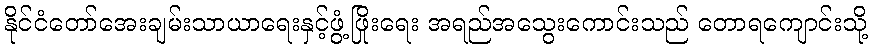
နိုင်ငံတော်အေးချမ်းသာယာရေးနှင့်ဖွံ့ဖြိုးရေး အရည်အသွေးကောင်းသည် တောရကျောင်းသို့